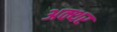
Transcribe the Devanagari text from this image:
अक्थर